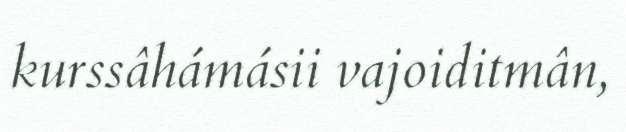
kurssâhámásii vajoiditmân,